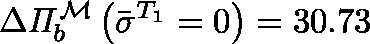
\Delta \mathit { \Pi } _ { b } ^ { \mathcal { M } } \left( \bar { \sigma } ^ { T _ { 1 } } = 0 \right) = 3 0 . 7 3 \